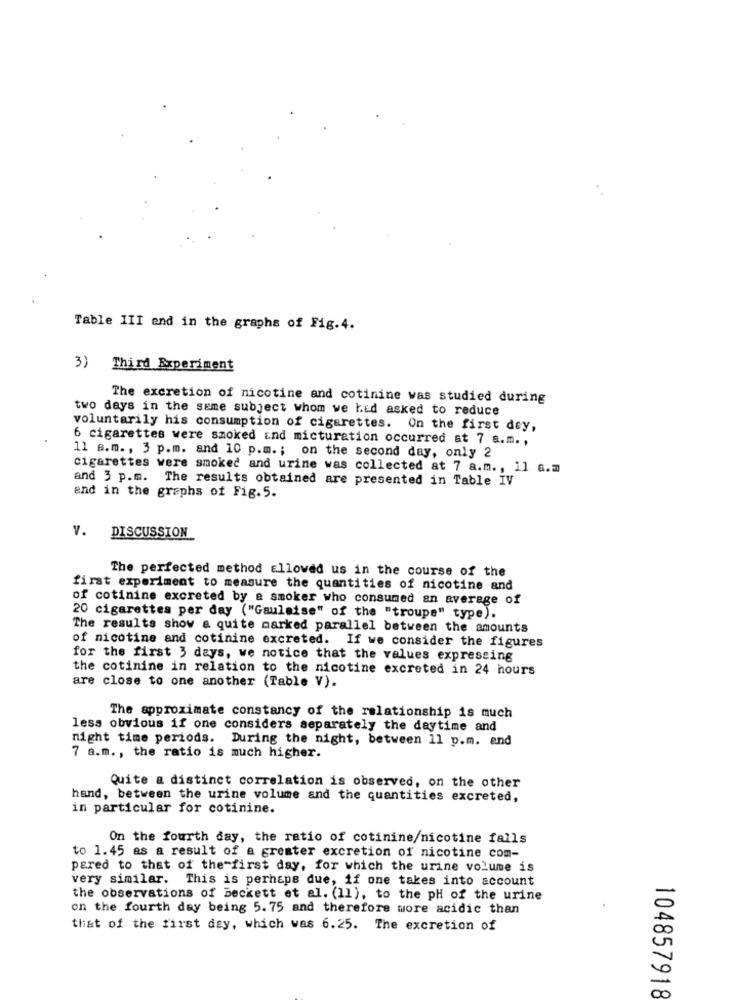
Table III end in the graphs of Fig.4.
3) Third Experiment
The excretion of nicotine and cotinine was studied during
two days in the same subject whom we had asked to reduce
voluntarily his consumption of cigarettes. On the first dey,
6 cigarettes were smoked and micturation occurred at 7 a.m .,
11 a.m ., 3 p.m. and 10 p.m .; on the second day, only 2
cigarettes were smoked and urine was collected at 7 a.m ., 11 a.m
and 3 p.m. The results obtained are presented in Table IV
and in the graphs of Fig.5.
v.
DISCUSSION
The perfected method allowed us in the course of the
first experiment to measure the quantities of nicotine and
of cotinine excreted by e smoker who consumed an average of
20 cigarettes per day ("Gaulaise" of the "troupe" type).
The results show a quite marked parallel between the amounts
of nicotine and cotinine excreted. If we consider the figures
for the first 3 days, we notice that the values expressing
the cotinine in relation to the nicotine excreted in 24 hours
are close to one another (Table V).
The approximate constancy of the relationship is much
less obvious if one considers separately the daytime and
night time periods. During the night, between 11 p.m. and
7 a.m ., the ratio is much higher.
Quite a distinct correlation is observed, on the other
hand, between the urine volume and the quantities excreted,
in particular for cotinine.
On the fourth day, the ratio of cotinine/nicotine falls
to 1.45 as a result of a greater excretion of nicotine com-
pared to that of the first day, for which the urine volume is
very similar. This is perhaps due, if one takes into account
the observations of Beckett et al. (11), to the pH of the urine
on the fourth day being 5. 75 and therefore more acidic than
that of the first day, which was 6.25. The excretion of
104857918